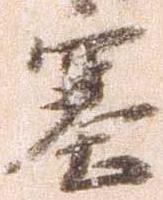
塞